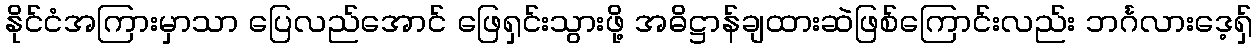
နိုင်ငံအကြားမှာသာ ပြေလည်အောင် ဖြေရှင်းသွားဖို့ အဓိဋ္ဌာန်ချထားဆဲဖြစ်ကြောင်းလည်း ဘင်္ဂလားဒေ့ရှ်